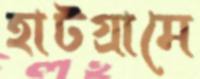
হাটগ্রামে